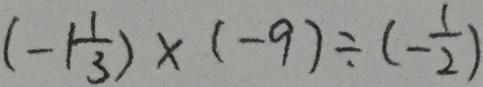
( - 1 \frac { 1 } { 3 } ) \times ( - 9 ) \div ( - \frac { 1 } { 2 } )